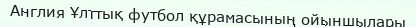
Англия Ұлттық футбол құрамасының ойыншылары